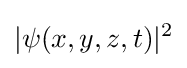
|\psi (x,y,z,t)|^{2}